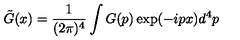
\tilde { G } ( x ) = \frac { 1 } { ( 2 \pi ) ^ { 4 } } \int G ( p ) \exp ( - i p x ) d ^ { 4 } p